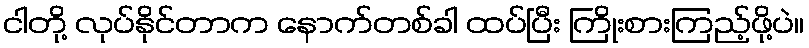
ငါတို့ လုပ်နိုင်တာက နောက်တစ်ခါ ထပ်ပြီး ကြိုးစားကြည့်ဖို့ပဲ။